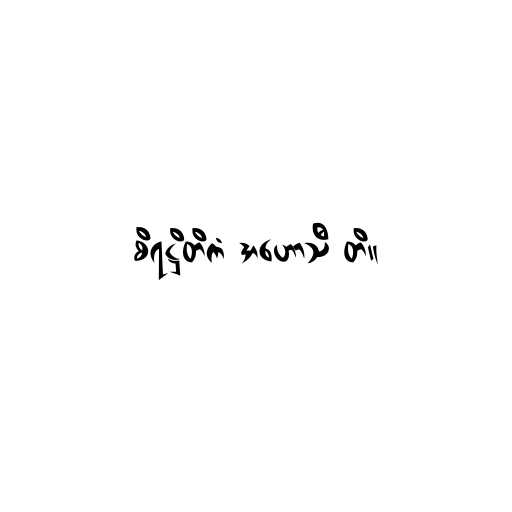
စိရဋ္ဌိတိကံ အဟောသီ တိ။